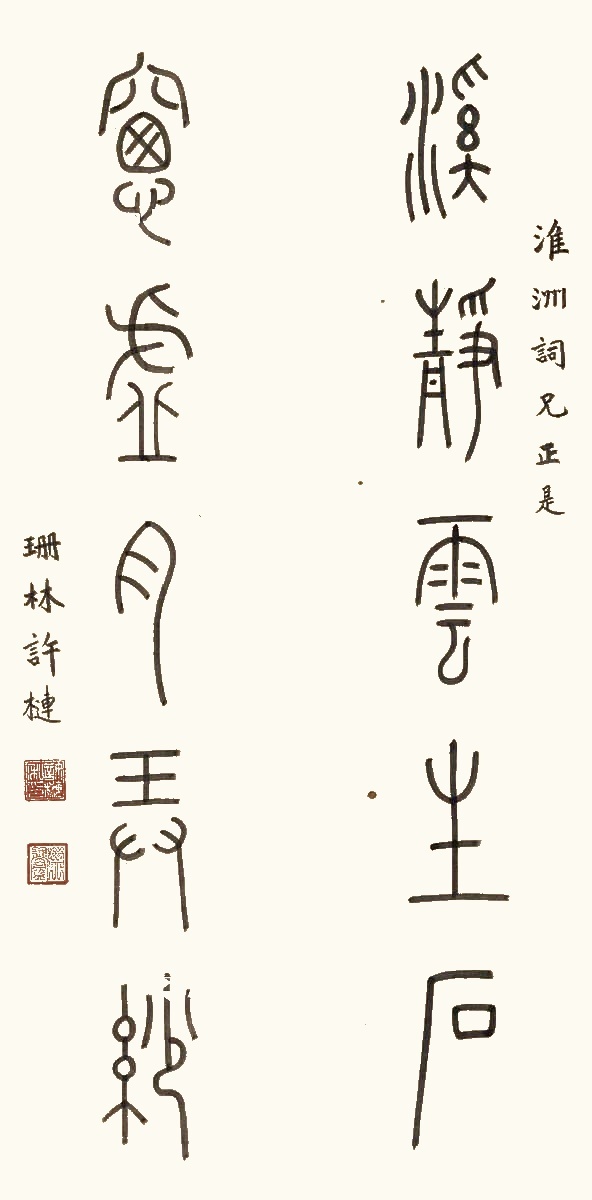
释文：溪静云生石，窗虚月弄纱。淮洲词兄正是，珊林许莲。